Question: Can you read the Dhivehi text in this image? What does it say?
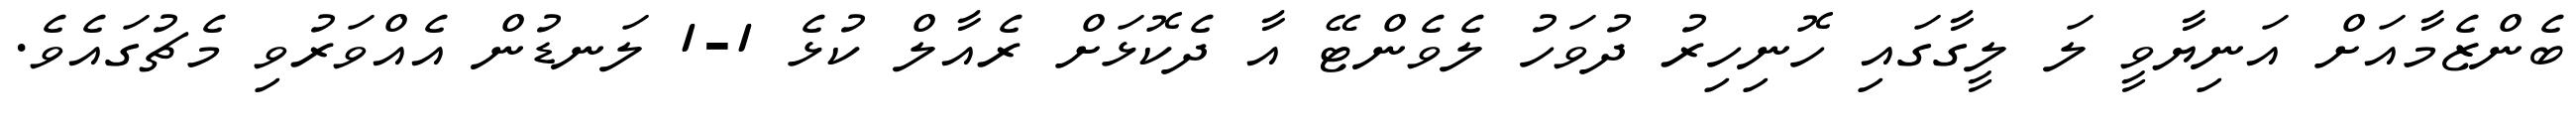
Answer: ބެންޒެމާއަށް އަނިޔާވީ ލަ ލީގާގައި ހޮނިހިރު ދުވަހު ލެވެންޓޭ އާ ދެކޮޅަށް ރެއާލް ކުޅެ 1-1 ލަނޑުން އެއްވަރުވި މެޗުގައެވެ.